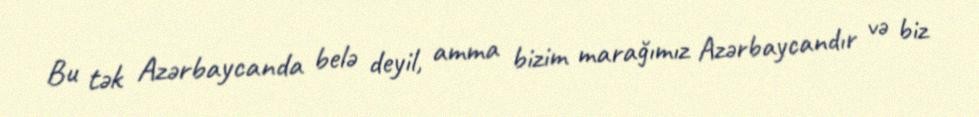
Bu tək Azərbaycanda belə deyil, amma bizim marağımız Azərbaycandır və biz